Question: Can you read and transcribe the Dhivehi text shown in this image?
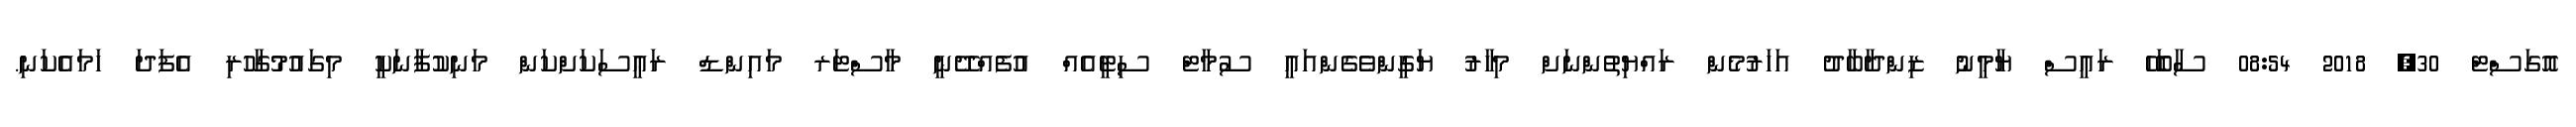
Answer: އޮގަސްޓް 30, 2018 08:54 ސާބަހޭ ރައީސް ޔާމީނު ޒިންދާބާދު އަހަރުމެން ރައްޔިތުންނަށް މިހާރު ޔަގީންވެގެންއައީ ސުމާޓް ސިޓީއެއް އުފެއްދޭނީ މާސްޓަރ މައިންޑް ރަޢީސަކަށްކަން މަނިކުފާނަކީ މިގައުމުގާހުރި އެފަދަ ހަމައެކަނި.